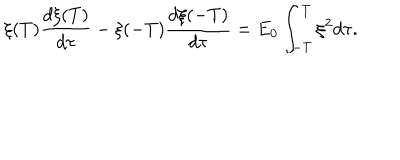
\xi ( T ) \frac { d \xi ( T ) } { d \tau } - \xi ( - T ) \frac { d \xi ( - T ) } { d \tau } = E _ { 0 } \int _ { - T } ^ { T } \xi ^ { 2 } d \tau .